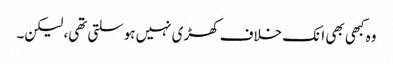
وہ کبھی بھی انک خلاف کھڑی نہیں ہوسلتی تھی، لیکن۔